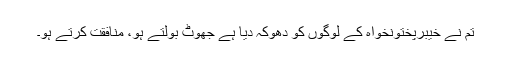
تم نے خیبرپختونخواہ کے لوگوں کو دھوکہ دیا ہے جھوٹ بولتے ہو، منافقت کرتے ہو۔